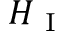
H _ { \mathrm { ~ I ~ } }